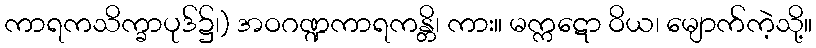
ကာရကသိက္ခာပုဒ်၌၊) အဝဂဏ္ဍကာရကန္တိ၊ ကား။ မက္ကဋော ဝိယ၊ မျောက်ကဲ့သို့။